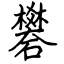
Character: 礬